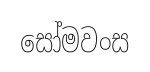
සෝමවංස